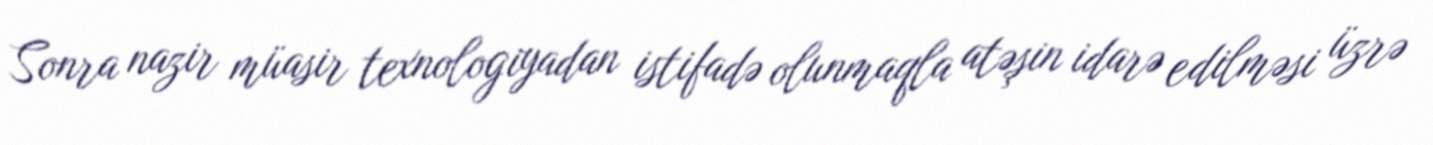
Sonra nazir müasir texnologiyadan istifadə olunmaqla atəşin idarə edilməsi üzrə